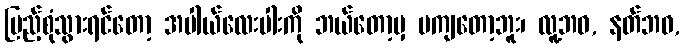
ပြည့်စုံသွားရင်တော့ အပါယ်လေးပါးကို ဘယ်တော့မှ မကျတော့ဘူး၊ လူ့ဘဝ, နတ်ဘဝ,